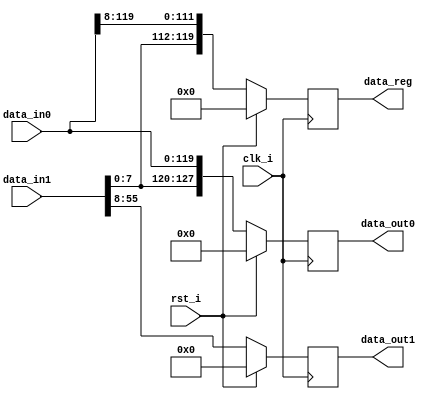
// +FHDR-------------------------------------------------------------------
// TYPE: module
// DEPARTMENT:
// AUTHOR'S EMAIL: 785584784@qq.com
// ------------------------------------------------------------------------
// KEYWORDS: FIFO
// ------------------------------------------------------------------------
// PARAMETERS
// OUTPUT_WIDTH    = 128
// STAGE_OUT_WIDTH = 56
// ------------------------------------------------------------------------
// REUSE ISSUES
// Reset Strategy: synchronous and high_valid
// Clock Domains: global
// Critical Timing:
// Test Features:
// Asynchronous I/F:
// Scan Methodology:
// Instantiations:
// -FHDR-------------------------------------------------------------------

module FIFO_1to6 #(
    parameter OUTPUT_WIDTH    = 128,
    parameter STAGE_OUT_WIDTH = 56
) (
    input                             clk_i    ,
    input                             rst_i    ,
    input  wire [   OUTPUT_WIDTH-9:0] data_in0 , //pixels for re-use
    input  wire [STAGE_OUT_WIDTH-1:0] data_in1 , //left pixels
    output reg  [   OUTPUT_WIDTH-1:0] data_out0, //another output
    output reg  [STAGE_OUT_WIDTH-9:0] data_out1, //new left pixels
    output reg  [              119:0] data_reg   //pixels for re-use
);

    always@(posedge clk_i)
        begin
            if(rst_i)
                begin
                    data_out0 <= 0;
                    data_out1 <= 0;
                    data_reg  <= 0;
                end
            else
                begin
                    data_out0 <= { data_in1[7:0] , data_in0 };
                    data_out1 <= data_in1[STAGE_OUT_WIDTH-1:8];
                    data_reg  <= { data_in1[7:0] , data_in0[OUTPUT_WIDTH-9:8] };
                end
        end

endmodule